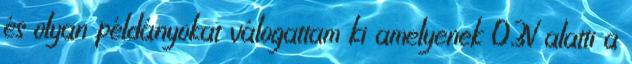
és olyan példányokat válogattam ki amelyenek 0,3V alatti a